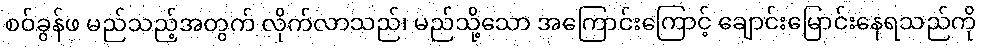
စဝ်ခွန်ဖ မည်သည့်အတွက် လိုက်လာသည်၊ မည်သို့သော အကြောင်းကြောင့် ချောင်းမြောင်းနေရသည်ကို